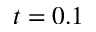
t = 0 . 1